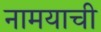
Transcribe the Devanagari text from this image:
नामयाची